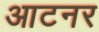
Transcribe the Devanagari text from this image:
आटनर